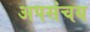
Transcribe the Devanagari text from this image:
अपसंचय